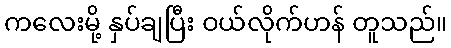
ကလေးမို့ နှပ်ချပြီး ဝယ်လိုက်ဟန် တူသည်။